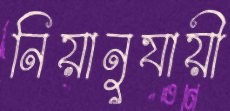
নিয়ানুযায়ী